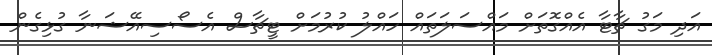
އަދި މަގު ޗާޓާ އެއްގޮތަށް މައްސަލަތައް ހައްލު ކުރުމަށް ޓީޗާސް އެސޯސިއޭޝަނާ ގުޅިގެން